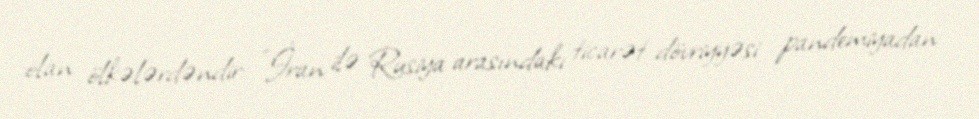
olan ölkələrdəndir: "İran ilə Rusiya arasındakı ticarət dövriyyəsi pandemiyadan